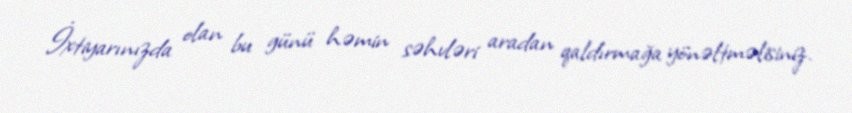
İxtiyarınızda olan bu günü həmin səhvləri aradan qaldırmağa yönəltməlisiniz.